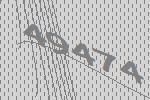
49474